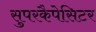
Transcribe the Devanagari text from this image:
सुपरकैपेसिटर